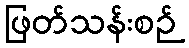
ဖြတ်သန်းစဉ်